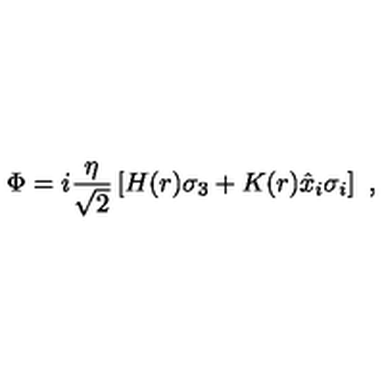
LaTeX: \Phi = i \frac { \eta } { \sqrt { 2 } } \left[ H ( r ) \sigma _ { 3 } + K ( r ) \hat { x } _ { i } \sigma _ { i } \right] \ ,